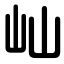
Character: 屾